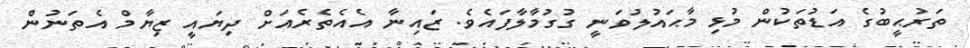
ތަރުޙީބުގެ އަޑުތަކުން މުޅި މާޙައުލުވަނީ ގުގުމާލާފައެވެ. ޒައިނާ އެއެތެރެއަށް ދިޔައީ ޒިޔާމް އެތަނުން